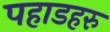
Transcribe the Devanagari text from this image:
पहाडहरु